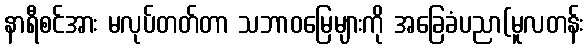
နာရီစင်အား မလုပ်တတ်တာ သဘာဝမြေများကို အခြေခံပညာ(မူလတန်း